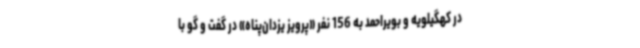
در کهگیلویه و بویراحمد به 156 نفر «پرویز یزدان‌پناه» در گفت و گو با